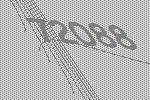
72088